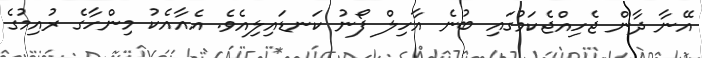
އޭނާ ދާން ޖެހިއްޖެކަމުގައި ބުނެ އާހިލް ފޯނު ކަނޑައިލިއެވެ. އެއާއެކު މިންހާގެ ރުއިމުގެ